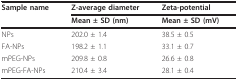
<table><thead><tr><td><b>Sample name</b></td><td><b>Z-average diameter</b></td><td><b>Zeta-potential</b></td></tr><tr><td></td><td><b>Mean ± SD (nm)</b></td><td><b>Mean ± SD (mV)</b></td></tr></thead><tbody><tr><td>NPs</td><td>202.0 ± 1.4</td><td>38.5 ± 0.5</td></tr><tr><td>FA-NPs</td><td>198.2 ± 1.1</td><td>33.1 ± 0.7</td></tr><tr><td>mPEG-NPs</td><td>209.8 ± 0.8</td><td>26.6 ± 0.8</td></tr><tr><td>mPEG-FA-NPs</td><td>210.4 ± 3.4</td><td>28.1 ± 0.4</td></tr></tbody></table>